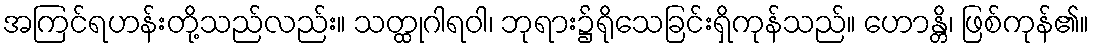
အကြင်ရဟန်းတို့သည်လည်း။ သတ္ထုဂါရဝါ၊ ဘုရား၌ရိုသေခြင်းရှိကုန်သည်။ ဟောန္တိ၊ ဖြစ်ကုန်၏။